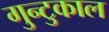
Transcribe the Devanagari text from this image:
गुन्टुकाल